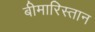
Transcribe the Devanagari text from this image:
बीमारिस्तान